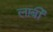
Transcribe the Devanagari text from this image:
लार्बी